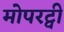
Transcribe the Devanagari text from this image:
मोपरट्वी